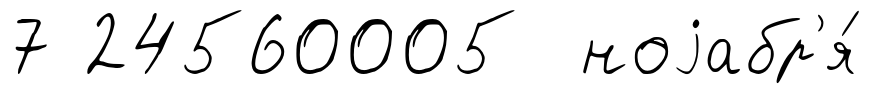
7 24560005 ноjабр'я́